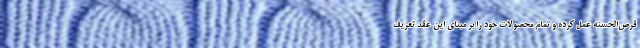
قرض‌الحسنه عمل کرده و تمام محصولات خود را بر مبنای این عقد تعریف